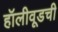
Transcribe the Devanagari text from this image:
हॉलीवूडची